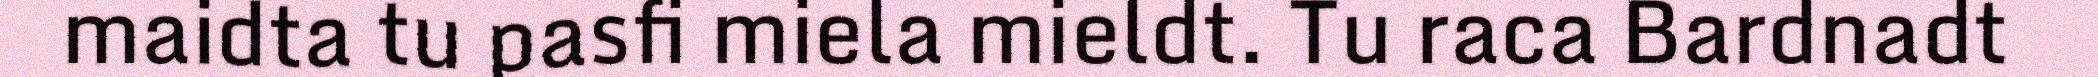
maidta tu pasfi miela mieldt. Tu raca Bardnadt